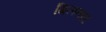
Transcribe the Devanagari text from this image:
गिलतार